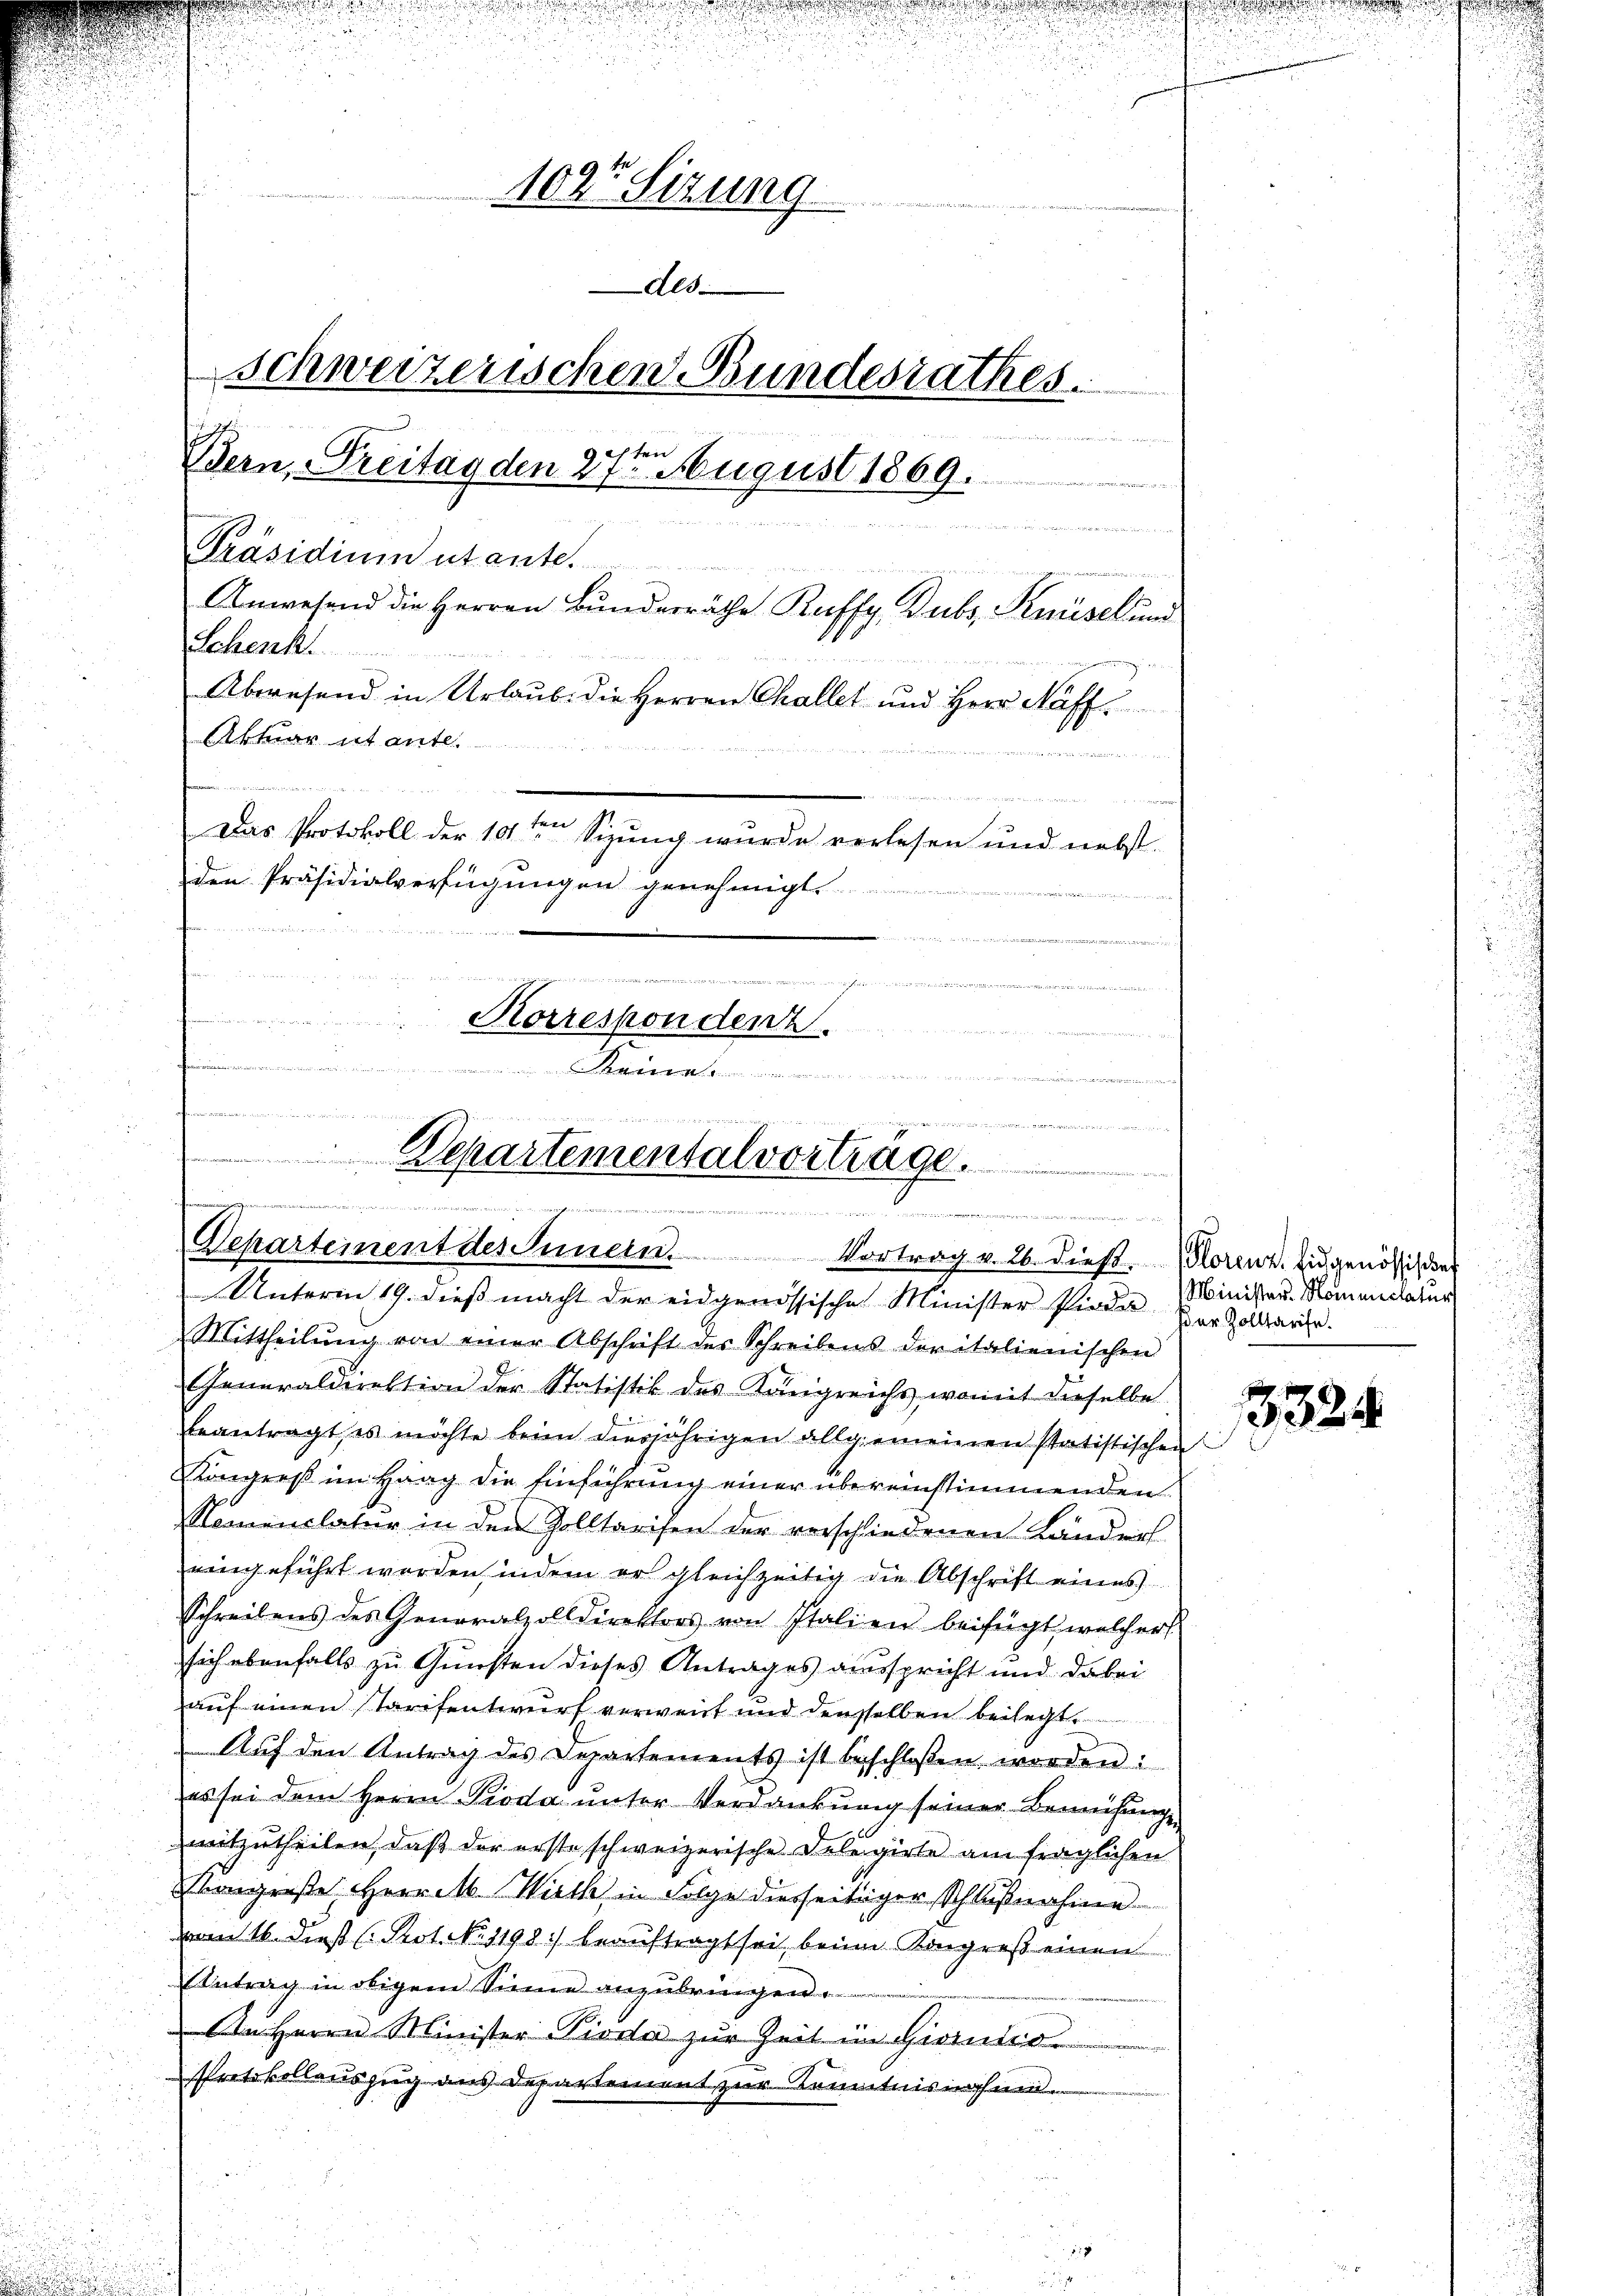
102r Sitzung
des
Schweizerischen Bundesrathes.

e
Bern, Freitag den 27. August 1869.
ile des Stadt in einen
Präsidium utante.
eune anden kannt unter
Anwesend die Herren Bunderräthe Ruffy Dubs, Knüsel und
Schenk
Abwesend in Urlaub. die Herren Challet und Herr Näffe
Aktuar ut ante
                    der einen
n
e
Das Protokoll der 10ten Sizung wurde verlesen und nebst
den Präsidialverfügungen genehmigt.
u

Korrespondenz.

u

hier an die es in Ber
.
Departementalvortrage.
wie in ein waren er zu in nichte mir wenn man meine
e

Departement des Mein. Vortrag v. 26. dieß Plorenz. Eidgenössig die

Unterm 19. dieß macht der eidgenössische Minister sieder Minister Momendatur
Mittheilŭng von einer Abschrift der Schreibens der italienischen
Generaldirektion der Statistik des Königreichs, womit dieselbe
beantragt, es möchte beim diesjährigen allgemeinen statistischen
Köngers im Haag die Einführung einer übereinstimmenden
Nommenclatur in den Zolltarisen der verschiedenen Länders
eingeführt worden, indem er gleichzeitig die Abschrift eines
Schreibens des Generalzolldirektors von Italien beifügt welcher
sich ebenfalls zu Gunsten dieses Antrages ausspricht und dabei
auf einen Tarifentwurf verweit und denselben beilegt.
Auf den Antrag des Departements ist beschloßen worden:
es sei dem Herrn Pioda unter Verdankung seiner Bemühungs
mitzutheilen, daß der erste schweizerische Delegirte am fraglichen
Soigriste Herr M. Wirth in Folge diesseitiger Schlußnahme
vom 16. dieß Prot. No. 1198) beauftragt sei beim Kongreß einen
Antrag in obigem Sinne anzubringen.
An Herrn Minister Pioda zur Zeit im Giorniso
Protokollauszug aus Departement zur Kenntnisnahen

er Zolltarise.

3324